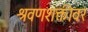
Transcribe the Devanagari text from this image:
श्रवणशक्तीवर